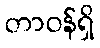
တာဝန်ရှိ